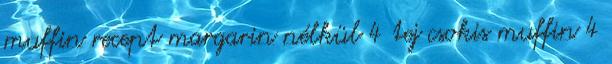
muffin recept margarin nélkül 4 tej csokis muffin 4